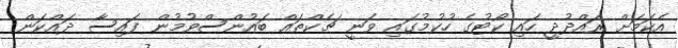
އެކަމަށް ރައްދުދީ ހައި ކޯޓުގެ ހުކުމުގައި ވަނީ ޗެކްތައް ބައުންސްވުމުން ފައިސާ ދައްކަން